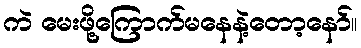
ကဲ မေးဖို့ကြောက်မနေနဲ့တော့နော်။